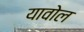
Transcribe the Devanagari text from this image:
यावोल